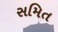
સમિત